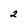
Character: 2